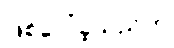
ဖြစ်ပေါ်ခဲ့သည်ဟု